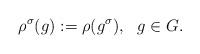
\begin{align*}\rho^{\sigma}(g) := \rho (g^{\sigma}), \ \ g \in G.\end{align*}